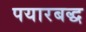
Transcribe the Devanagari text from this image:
पयारबद्ध